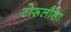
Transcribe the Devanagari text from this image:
टोरूलौसा